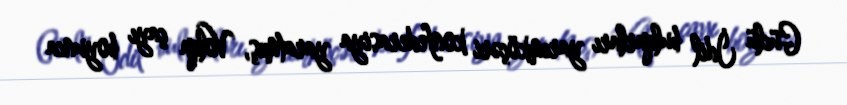
Güclü İdil bulqarları yarımköçəri konfederasiya yaratmış, Volqa çayı boyunca